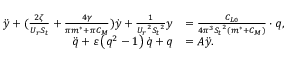
\begin{array} { r l } { \ddot { y } + ( \frac { { 2 \zeta } } { { { U _ { r } } { S _ { t } } } } + \frac { { 4 \gamma } } { { \pi { m ^ { * } } + \pi { C _ { M } } } } ) \dot { y } + \frac { 1 } { { { U _ { r } } ^ { 2 } { S _ { t } } ^ { 2 } } } y } & { = \frac { { { C _ { L 0 } } } } { { 4 { \pi ^ { 3 } } { S _ { t } } ^ { 2 } ( { m ^ { * } } + { C _ { M } } ) } } \cdot q , } \\ { \ddot { q } + \varepsilon \left( { { q ^ { 2 } } - 1 } \right) \dot { q } + q } & { = { A } \ddot { y } . } \end{array}